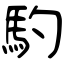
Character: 馰